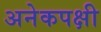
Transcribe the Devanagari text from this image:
अनेकपक्षी